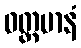
ဝတ္တမာနံ